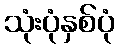
သုံးပုံနှစ်ပုံ